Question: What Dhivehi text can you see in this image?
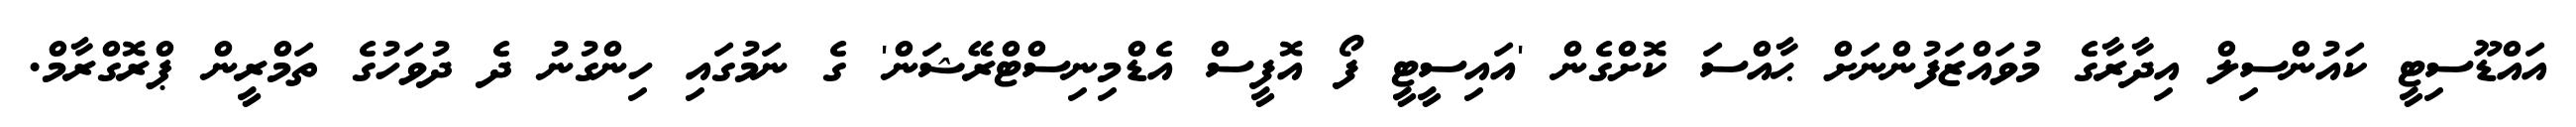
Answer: އައްޑޫސިޓީ ކައުންސިލް އިދާރާގެ މުވައްޒަފުންނަށް ޙާއްސަ ކޮށްގެން 'އައިސީޓީ ފޯ އޮފީސް އެޑްމިނިސްޓްރޭޝަން' ގެ ނަމުގައި ހިންގުނު ދެ ދުވަހުގެ ތަމްރީން ޕްރޮގްރާމް.